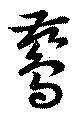
鶿